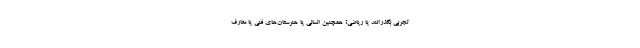
تجربی بگذرانند یا ریاضی؟ همچنین انسانی یا هنرستان‌های فنی یا معارف